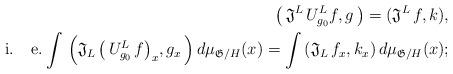
LaTeX: \begin{align*}\big( \, \mathfrak{J}^L \, U^{L}_{g_0} f , g \,\big) = (\mathfrak{J}^L \, f, k), \\\,\,\, \textrm{i. \, e.}\int \, \Big( \mathfrak{J}_L \, \big( \, U^{L}_{g_0} \, f \big)_x , g_x \, \Big) \, d\mu_{\mathfrak{G}/H}(x)= \int \, (\mathfrak{J}_L \, f_x , k_x ) \, d\mu_{\mathfrak{G}/H}(x);\end{align*}